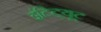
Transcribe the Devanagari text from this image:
इंटिट्यूट